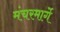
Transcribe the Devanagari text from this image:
मंचरमार्गे